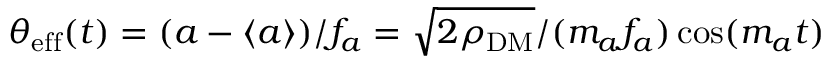
\theta _ { \mathrm { e f f } } ( t ) = ( a - \langle a \rangle ) / f _ { a } = \sqrt { 2 \rho _ { \mathrm { D M } } } / ( m _ { a } f _ { a } ) \cos ( m _ { a } t )